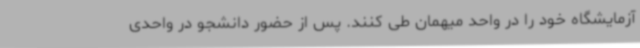
آزمایشگاه خود را در واحد میهمان طی کنند. پس از حضور دانشجو در واحدی